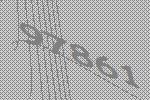
97861